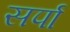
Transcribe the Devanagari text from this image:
सर्पा